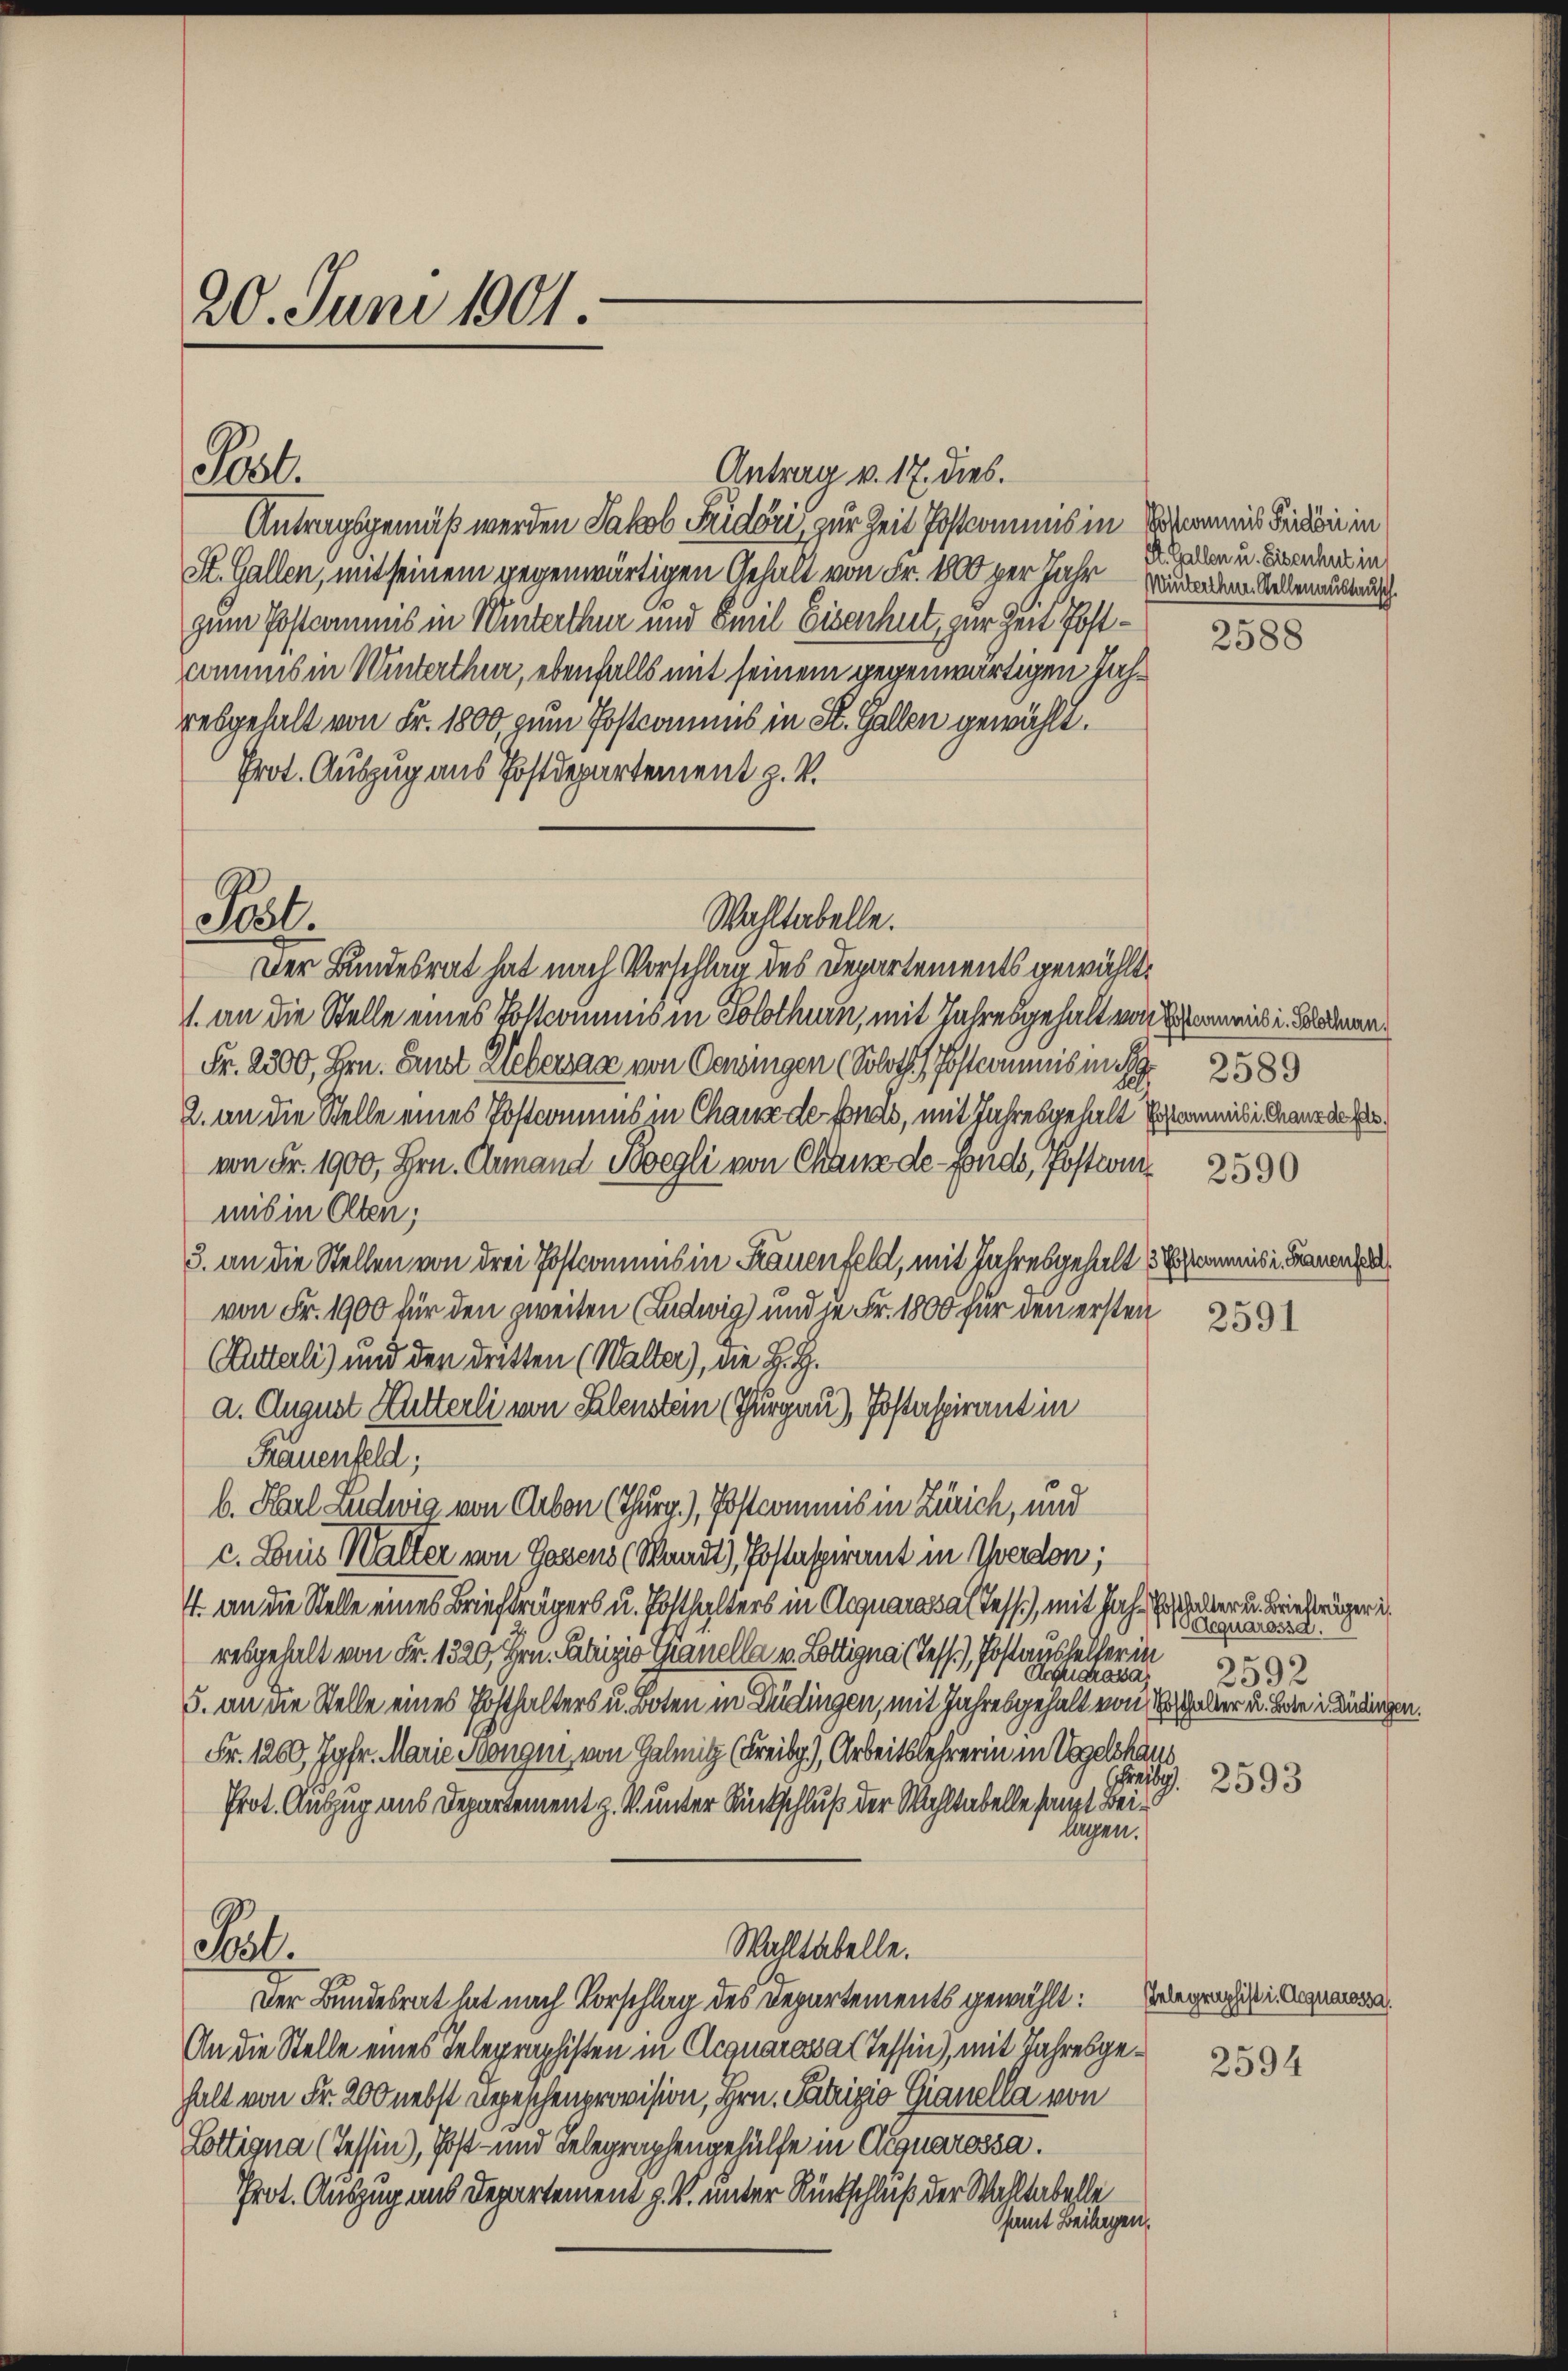
20. Juni 1901.

Antrag v. 17. dies.
Antragsgemäß werden Jakob Fridori, zur Zeit Postamens in Sommnis Fridoni in
St. Gallen, mit seinem gegenwärtigen Gehalt von Fr. 1000 per Jahr wurden dem Sellenausbaut
zum Postammis in Winterthur und Emil Eisenhut, zur Zeit Postcommis in Winterthur, ebenfalls mit seinem gegenwärtigen Jahresgehalt von Fr. 1800 zum Postcommes in St. Gallen gewählt.
Prot. Auszug aus Postdepartement z. V.
Der Bundesrat hat nach Vorschlag des Departements gewählt,
1. an die Stelle eines Postcommis in Solothurn, mit Jahresgehalt von Schmid in Bodena
Fr. 2500, Hrn. Ernst Webersage von Oeningen (Soloth. es in 2589
2. an die Stelle eines Postcomuns in Chause der Fonds, mit Jahresgehalt Posamesi dann der
von Fr. 1900, Hrn. Annand Boegli von Chanz de-Fonds, Postion
mis in Olten;
3. an die Stellen von drei Postamens in Frauenfeld, mit Jahresgehalt Einmisi Frauen
von Fr. 1900 für den zweiten (Ludwig) und je Fr. 1800 für den ersten
Autterli) und den dritten (Walter), die H. Z.
a. August Hutterli von Salenstein (Thurgau), Postaspirant in
Frauenfeld;
b. Karl Ludwig von Arbon (Thurg.), Postcommis in Zürich, und
c. Louis Walter von Gasens (Waadt), Postspirant in Werden;
4. an die Stelle eines Briefträgers u. Posthalters in Aequarassa (Tess), mit Jahr aller u. Briefträger is
resgehalt von Fr. 1320, Hrn. Fabrizio Granella v. Lottigna (Tess), Postaushalter in
d
5. an die Stelle eines Posthalters u. Boten in Bedingen, mit Jahresgehalt von Erschalter u. Bote in Bedingen.
Fr. 1200, Jgfr. Marie Mangen, von Galmitz (Freibg.), Arbeitslehrerin in Vogelshaus.
Prot. Auszug aus Departement z. V. unter Rückschluß der Wahltabelle haupt Beilagen.
Wahltabelle.
cll.
Der Bundesrat hat nach Vorschlag des Departements gewählt: Belegenstigunge
An die Stelle eines Telegraphisten in Acquaressas Tessin, mit Jahresgehalt von Fr. 200 nebst Depeschenprovision, Hrn. Patrizio Gianella von
Lottigna (Tessin), Post- und Telegraphengehülfe in Aequarossa.
Prot. Auszug und Departement z. V. unter Rückschluß der Wahltabelle
samt Beilagen,

Post.

Pat.

Wahltabelle.

St. Gallen u. Eisenhut in

2588

2590

2591

Odequarossd.
2592

Prag. 2593

2594